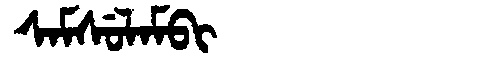
Manchu: ᠰᠠᠮᠰᡠᠯᠠᠮᠪᡳ
Romanization: SAMSULAMBI